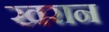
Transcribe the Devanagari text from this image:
खरान